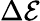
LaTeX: \Delta\mathcal{E}